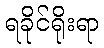
ရခိုင်ရိုးရာ